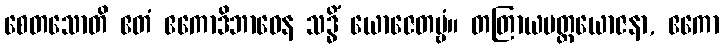
စေတသောတိ ဧတံ ဧကောဒိဘာဝေန သဒ္ဓိံ ယောဇေတဗ္ဗံ။ တတြာယမတ္ထယောဇနာ, ဧကော